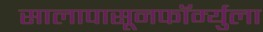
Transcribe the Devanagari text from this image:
सालापासूनफॉर्म्युला